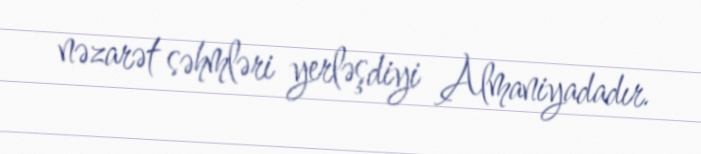
nəzarət səhmləri yerləşdiyi Almaniyadadır.